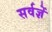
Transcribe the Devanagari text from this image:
सर्वज्ञें